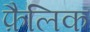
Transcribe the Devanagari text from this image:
फ़ैलिक